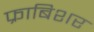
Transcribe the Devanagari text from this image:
फ्राबिशर